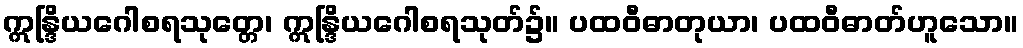
ဣန္ဒြိယဂေါစရသုတ္တေ၊ ဣန္ဒြိယဂေါစရသုတ်၌။ ပထဝီဓာတုယာ၊ ပထဝီဓာတ်ဟူသော။